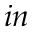
_ { i n }